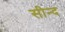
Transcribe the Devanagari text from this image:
सीन्द